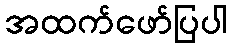
အထက်ဖော်ပြပါ